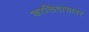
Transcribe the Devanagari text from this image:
कालिदासावर